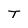
Character: T